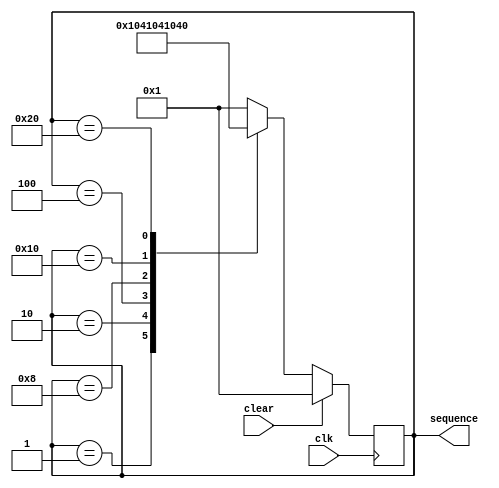
module sequencer(clk, clear, sequence);
  
  // list of parameters
  parameter [6:0] T0 = 7'b0000001,
                  T1 = 7'b0000010,
                  T2 = 7'b0000100,
                  T3 = 7'b0001000,
                  T4 = 7'b0010000,
                  T5 = 7'b0100000,
                  T6 = 7'b1000000;
  
  // list of inputs   
  input clk, clear;
  
  // list of outputs
  output reg [6:0] sequence;
  
  // list of internal variables
  reg [6:0] next_state;
  
  // module implementation
  always @(sequence, clear)
	begin
		if(clear == 1'b1)
			next_state = 7'b0000001;
		else
			begin
				case(sequence)
					T0: next_state = T1;
					T1: next_state = T2;
					T2: next_state = T3;
					T3: next_state = T4;
					T4: next_state = T5;
					T5: next_state = T6;
					T6: next_state = T0;
					default: next_state = T0;
				endcase
			end
	end
  
  always @(posedge clk)
	begin
		if(clear == 1'b1)	sequence <= 7'b0000001;	
		else				sequence <= next_state;
	end
endmodule